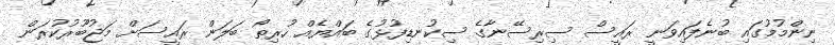
ނިންމުމުގައި ބުނެފައިވަނީ ރައީސް ސިރިސޭނާގެ ސިކުނޑިފުޅުގެ ބައްޔެއް ހުރިތޯ ބަލަން ރައީސަށް މަޖުބޫރުކުރަން